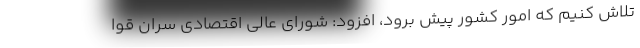
تلاش کنیم که امور کشور پیش برود، افزود: شورای عالی اقتصادی سران قوا